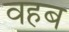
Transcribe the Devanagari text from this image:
वहब